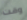
وقت